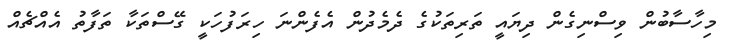
މިހާސާބުން ވިސްނިގެން ދިޔައީ ތަރިތަކުގެ ދެމެދުން އެފެންނަ ހިރަފުހަކީ ގޭސްތަކާ ތަފާތު އެއްޗެއް